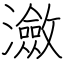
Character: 瀲